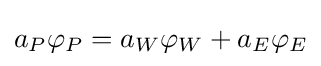
a_{P}\varphi _{P}=a_{W}\varphi _{W}+a_{E}\varphi _{E}